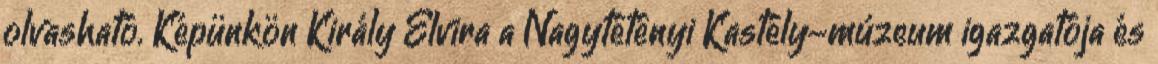
olvasható. Képünkön Király Elvira a Nagytétényi Kastély-múzeum igazgatója és